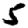
Digit: 5